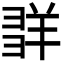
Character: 𦍽